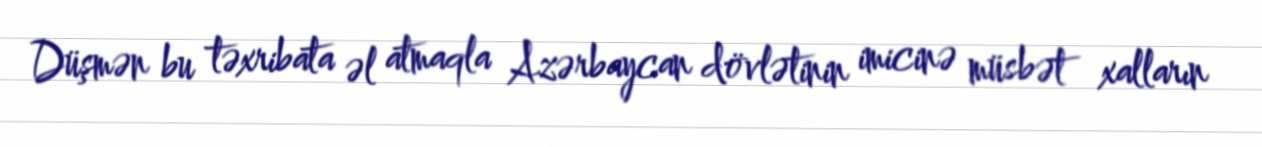
Düşmən bu təxribata əl atmaqla Azərbaycan dövlətinin imicinə müsbət xalların